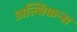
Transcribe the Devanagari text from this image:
अल्बिकन्स